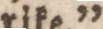
rike.”